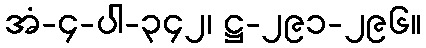
အံ-၄-ပါ-၃၄၂၊ ဋ္ဌ-၂၉၁-၂၉၆။